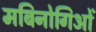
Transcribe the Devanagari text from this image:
मबिनोगिओं